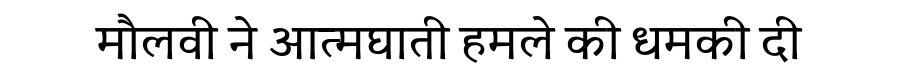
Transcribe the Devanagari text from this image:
मौलवी ने आत्मघाती हमले की धमकी दी